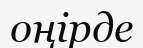
оңірде